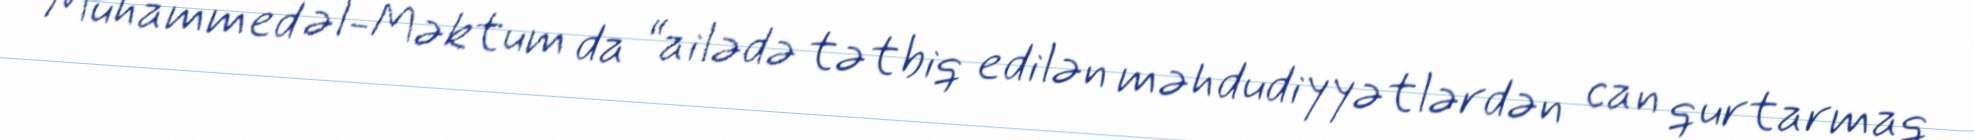
Muhammed əl-Məktum da “ailədə tətbiq edilən məhdudiyyətlərdən can qurtarmaq